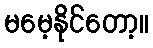
မမေ့နိုင်တော့။